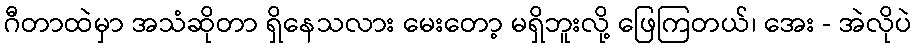
ဂီတာထဲမှာ အသံဆိုတာ ရှိနေသလား မေးတော့ မရှိဘူးလို့ ဖြေကြတယ်၊ အေး - အဲလိုပဲ